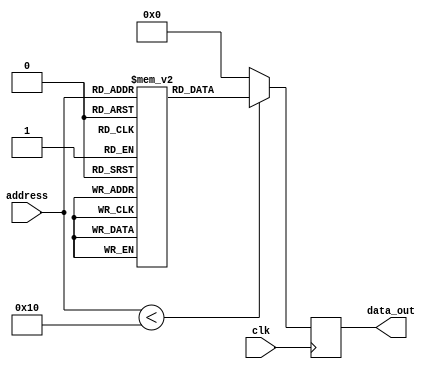
module parameterized_rom #(
    parameter DATA_WIDTH = 8,      // Width of each data word
    parameter ADDR_WIDTH = 4       // Number of address lines
) (
    input wire [ADDR_WIDTH-1:0] address, // Address input
    input wire clk,                     // Clock signal
    output reg [DATA_WIDTH-1:0] data_out // Data output
);

    // Calculate the size of the ROM
    localparam ROM_SIZE = 1 << ADDR_WIDTH; // 2^ADDR_WIDTH

    // Memory array to store ROM contents
    reg [DATA_WIDTH-1:0] rom [0:ROM_SIZE-1];

    // Initialize ROM contents
    initial begin
        // Example initialization (you can modify this as needed)
        rom[0] = 8'h00;
        rom[1] = 8'h01;
        rom[2] = 8'h02;
        rom[3] = 8'h03;
        rom[4] = 8'h04;
        rom[5] = 8'h05;
        rom[6] = 8'h06;
        rom[7] = 8'h07;
        rom[8] = 8'h08;
        rom[9] = 8'h09;
        rom[10] = 8'h0A;
        rom[11] = 8'h0B;
        rom[12] = 8'h0C;
        rom[13] = 8'h0D;
        rom[14] = 8'h0E;
        rom[15] = 8'h0F;
        // Add more initialization as needed
    end

    // Synchronous read operation
    always @(posedge clk) begin
        if (address < ROM_SIZE) begin
            data_out <= rom[address]; // Read data from ROM
        end else begin
            data_out <= {DATA_WIDTH{1'b0}}; // Default value for out-of-range address
        end
    end

    // Uncomment the following block for asynchronous read operation
    /*
    always @(*) begin
        if (address < ROM_SIZE) begin
            data_out = rom[address]; // Read data from ROM
        end else begin
            data_out = {DATA_WIDTH{1'b0}}; // Default value for out-of-range address
        end
    end
    */

endmodule